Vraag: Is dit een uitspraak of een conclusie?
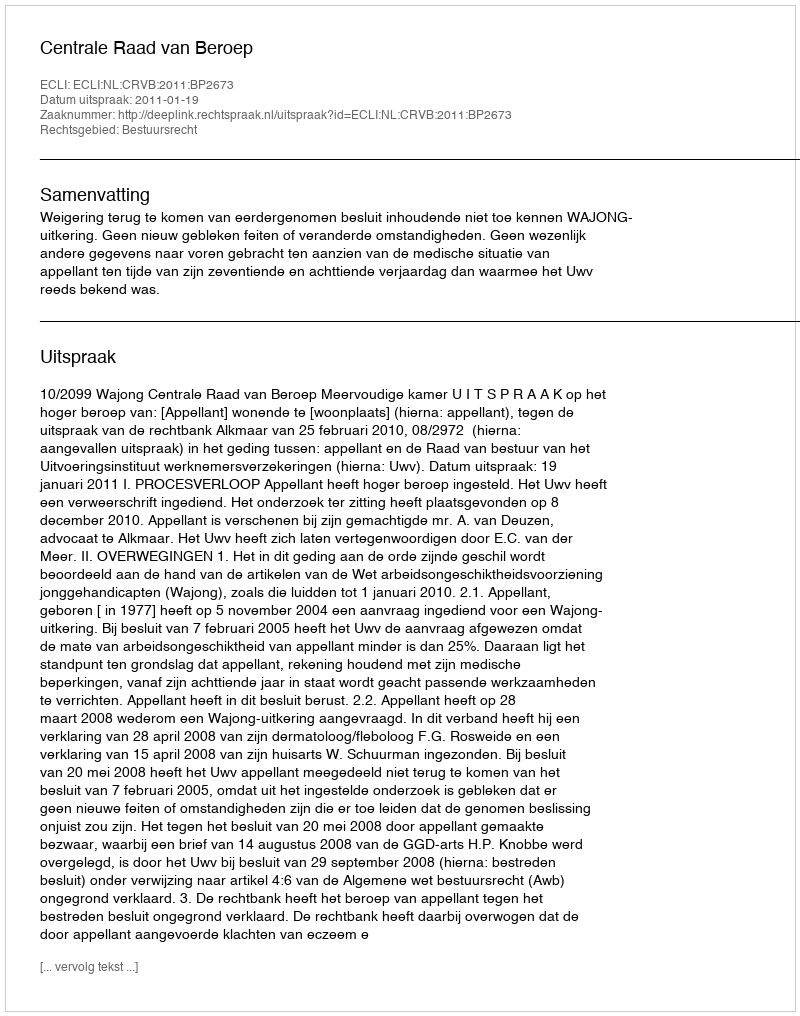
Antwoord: Uitspraak